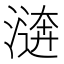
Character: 𣽑